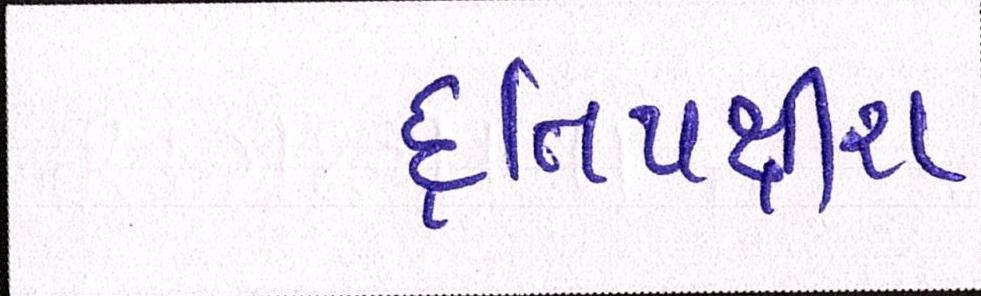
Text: દ્વિપક્ષીય